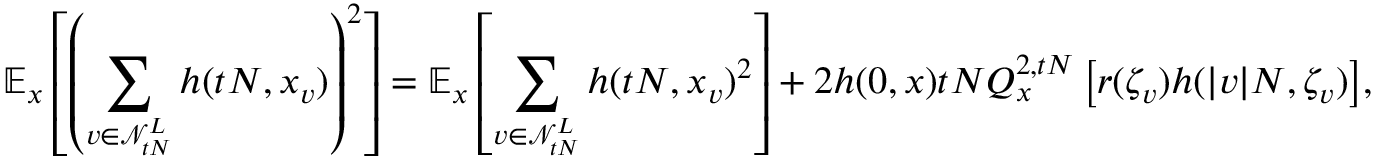
\mathbb { E } _ { x } \left[ \left( \sum _ { v \in \mathcal { N } _ { t N } ^ { L } } h ( t N , x _ { v } ) \right) ^ { 2 } \right] = \mathbb { E } _ { x } \left[ \sum _ { v \in \mathcal { N } _ { t N } ^ { L } } h ( t N , x _ { v } ) ^ { 2 } \right] + { 2 h ( 0 , x ) t N Q _ { x } ^ { 2 , t N } \left[ r ( \zeta _ { v } ) h ( | v | N , \zeta _ { v } ) \right] } ,